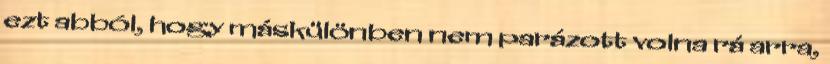
ezt abból, hogy máskülönben nem parázott volna rá arra,